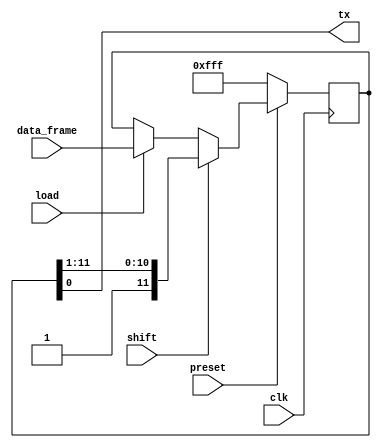
module tx_shift_register(
	input clk, // 50MHz clock
	input preset, // reset pulse
	input [11:0] data_frame, // 11 bits data frame 
	input load, // load pulse
	input shift, // shift pulse
	output tx // output signal
);
	
	reg [11:0] shift_register = 12'hFFF; // 12'hFFF = bin 1111 1111 1111
	
	always @(posedge clk)
		begin
			if(!preset)
				begin
					shift_register <= 12'hFFF; // 12'hFFF = bin 1111 1111 1111 preset the register 
				end
			else
				begin
					if(load)
						begin
							shift_register <= data_frame; // load data frame for register
						end
					if(shift)
						begin
							shift_register <= {1'b1, shift_register[11:1]}; // shift right the shift register
						end
				end	
		end
		
	assign tx = shift_register[0]; // output the data signal
	
endmodule